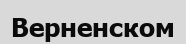
Верненском